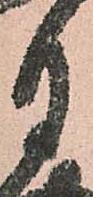
月